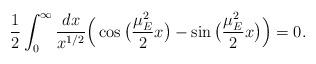
LaTeX: \begin{align*}\frac{1}{2}\int^\infty_0\frac{dx}{x^{1/2}}\Big(\cos\big(\frac{\mu_E^2}{2}x\big)-\sin\big(\frac{\mu_E^2}{2}x\big)\Big)=0.\end{align*}